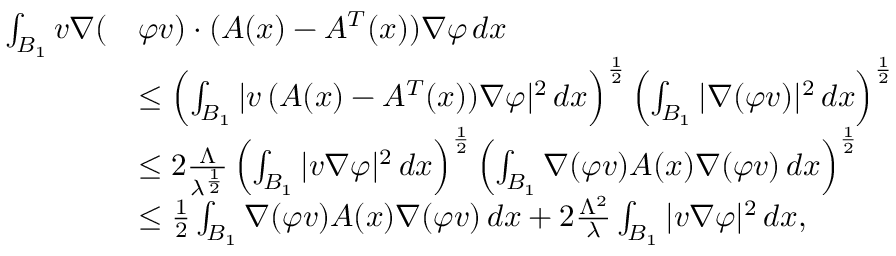
\begin{array} { r l } { \int _ { B _ { 1 } } v \nabla ( } & { \varphi v ) \cdot ( A ( x ) - A ^ { T } ( x ) ) \nabla \varphi \, d x } \\ & { \le \left( \int _ { B _ { 1 } } | v \, ( A ( x ) - A ^ { T } ( x ) ) \nabla \varphi | ^ { 2 } \, d x \right) ^ { \frac 1 2 } \left( \int _ { B _ { 1 } } | \nabla ( \varphi v ) | ^ { 2 } \, d x \right) ^ { \frac 1 2 } } \\ & { \le 2 \frac { \Lambda } { \lambda ^ { \frac 1 2 } } \left( \int _ { B _ { 1 } } | v \nabla \varphi | ^ { 2 } \, d x \right) ^ { \frac 1 2 } \left( \int _ { B _ { 1 } } \nabla ( \varphi v ) A ( x ) \nabla ( \varphi v ) \, d x \right) ^ { \frac 1 2 } } \\ & { \le \frac 1 2 \int _ { B _ { 1 } } \nabla ( \varphi v ) A ( x ) \nabla ( \varphi v ) \, d x + 2 \frac { \Lambda ^ { 2 } } { \lambda } \int _ { B _ { 1 } } | v \nabla \varphi | ^ { 2 } \, d x , } \end{array}